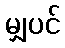
မျှပင်